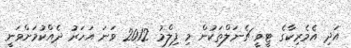
އަދި އެމެރިކާގެ ޓީވީ ޗެނަލްތަކުން މި ފިލްމު 2012 ވަނަ އަހަރު ދެއްކުމަށްވަނީ